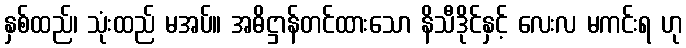
နှစ်ထည်၊ သုံးထည် မအပ်။ အဓိဋ္ဌာန်တင်ထားသော နိသီဒိုင်နှင့် လေးလ မကင်းရ ဟု